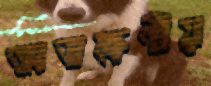
অভক্ষণীয়